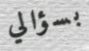
بسؤالي